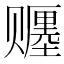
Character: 𬥿